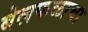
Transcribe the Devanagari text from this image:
बेलफळाचा